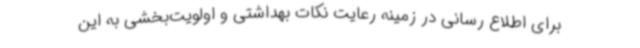
برای اطلاع رسانی در زمینه رعایت نکات بهداشتی و اولویت‌بخشی به این